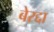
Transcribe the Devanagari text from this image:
बेरद्दा